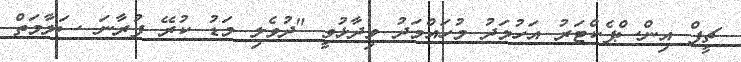
ޗީފް އިންސްޕެކްޓަރު އަހުމަދު މުހައްމަދު ވިދާޅުވީ "ދުވެލި މަޑު ކުރޭ ފުރާނަ ސަލާމަތް